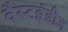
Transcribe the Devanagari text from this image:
वैस्टइंडीज